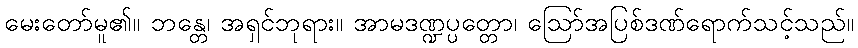
မေးတော်မူ၏။ ဘန္တေ၊ အရှင်ဘုရား။ အာမဒဏ္ဍပ္ပတ္တော၊ ဩော်အပြစ်ဒဏ်ရောက်သင့်သည်။